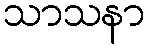
သာသနာ